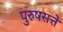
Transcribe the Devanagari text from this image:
पुरुषसत्ते